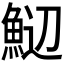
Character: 𬵑